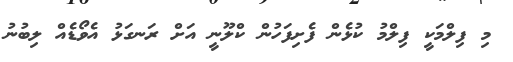
މި ފިލްމަކީ ފިލްމު ކުޅެން ފެށިފަހުން ކްލޫނީ އަށް ރަނގަޅު އެވޯޑެއް ލިބުނު